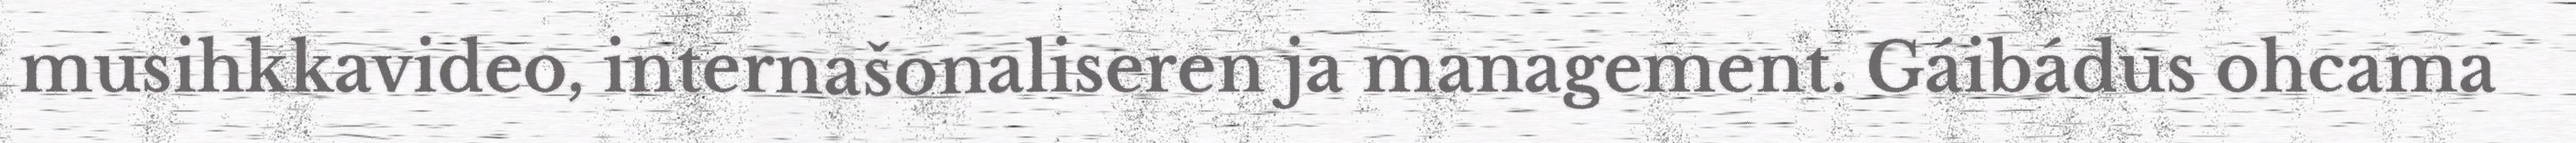
musihkkavideo, internašonaliseren ja management. Gáibádus ohcama